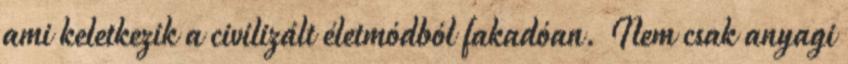
ami keletkezik a civilizált életmódból fakadóan. Nem csak anyagi